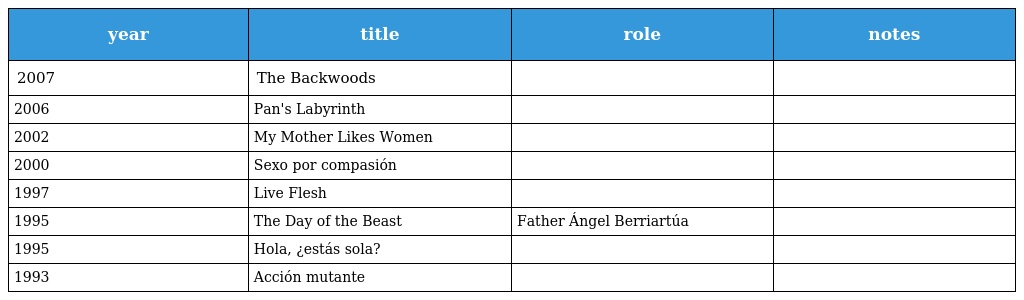
| year | title | role | notes |
 | --- | --- | --- | --- |
 | 2007 | The Backwoods |  |  |
 | 2006 | Pan's Labyrinth |  |  |
 | 2002 | My Mother Likes Women |  |  |
 | 2000 | Sexo por compasión |  |  |
 | 1997 | Live Flesh |  |  |
 | 1995 | The Day of the Beast | Father Ángel Berriartúa |  |
 | 1995 | Hola, ¿estás sola? |  |  |
 | 1993 | Acción mutante |  |  |